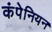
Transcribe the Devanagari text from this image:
कंपेनियन